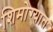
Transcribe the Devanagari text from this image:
शिमोग्यात